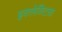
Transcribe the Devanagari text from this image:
इक्लेक्टिक